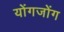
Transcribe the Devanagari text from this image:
योंगजोंग